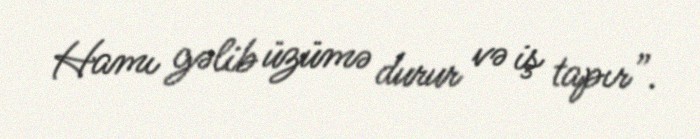
Hamı gəlib üzümə durur və iş tapır”.